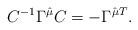
LaTeX: \begin{align*}C^{-1}\Gamma^{\hat\mu}C=-\Gamma^{\hat\mu T}.\end{align*}